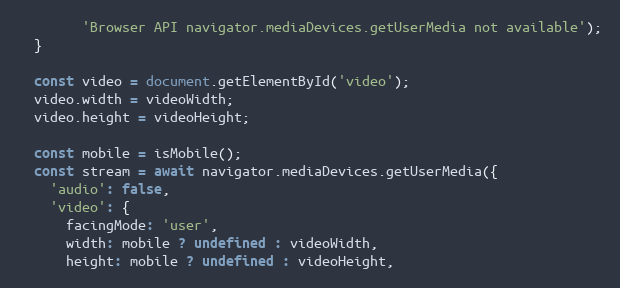
Language: JavaScript
        'Browser API navigator.mediaDevices.getUserMedia not available');
  }

  const video = document.getElementById('video');
  video.width = videoWidth;
  video.height = videoHeight;

  const mobile = isMobile();
  const stream = await navigator.mediaDevices.getUserMedia({
    'audio': false,
    'video': {
      facingMode: 'user',
      width: mobile ? undefined : videoWidth,
      height: mobile ? undefined : videoHeight,